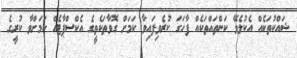
ޝައްކުތަކެއް އެކުލެވޭ ކަންތައްތަކެއް ފާހަގަ ކުރެވިފައިވާ ކަމަށް ގޮވާތަކެތީގެ އެކްސްޕާޓެއް ކަމަށްވާ ކުރީގެ